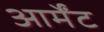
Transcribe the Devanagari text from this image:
आर्मेंट